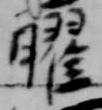
曜